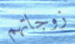
زوجاتهم